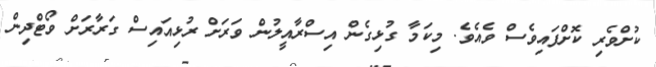
ކުށްވެރި ކޮށްފައިވެސް ވެއެވެ. މިކަމާ ގުޅިގެން އިސްރާއީލުން ވަރަށް ރުޅިއައިސް ގަރާރަށް ވޯޓްދިން